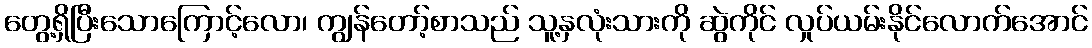
တွေ့ရှိပြီးသောကြောင့်လော၊ ကျွန်တော့်စာသည် သူ့နှလုံးသားကို ဆွဲကိုင် လှုပ်ယမ်းနိုင်လောက်အောင်